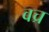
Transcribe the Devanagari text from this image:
वच्र